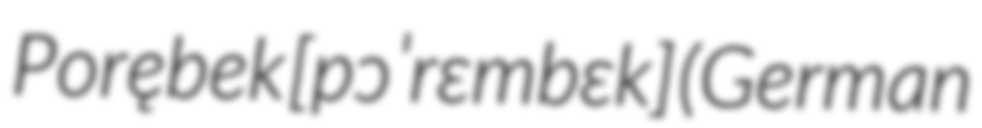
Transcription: Porębek [pɔˈrɛmbɛk] (German